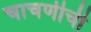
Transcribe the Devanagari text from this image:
चाचणीची